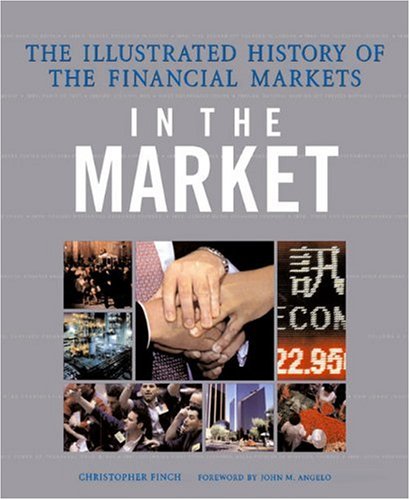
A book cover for In the Market: The Illustrated History of the Financial Markets; Christopher Finch; Business & Money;